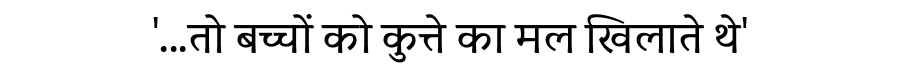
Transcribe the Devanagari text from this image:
'...तो बच्चों को कुत्ते का मल खिलाते थे'